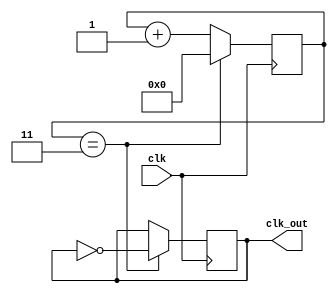
module ClockDivider (
    input clk,
    output reg clk_out
);

parameter DIVIDE_BY = 4; // Change this as necessary
reg [31:0] counter = 0;

always @(posedge clk) begin
    counter <= counter + 1;
    if (counter == DIVIDE_BY - 1) begin
        clk_out <= ~clk_out;
        counter <= 0;
    end
end

endmodule